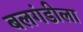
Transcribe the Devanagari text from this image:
बलगंडीला